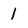
Character: 1